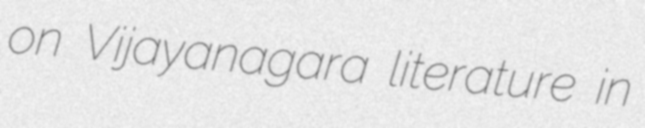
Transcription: on Vijayanagara literature in